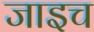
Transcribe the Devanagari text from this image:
जाइच